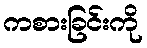
ကစားခြင်းကို